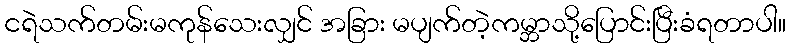
ငရဲသက်တမ်းမကုန်သေးလျှင် အခြား မပျက်တဲ့ကမ္ဘာသို့ပြောင်းပြီးခံရတာပါ။